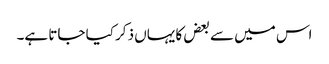
اس میں سے بعض کا یہاں ذکر کیا جاتا ہے۔